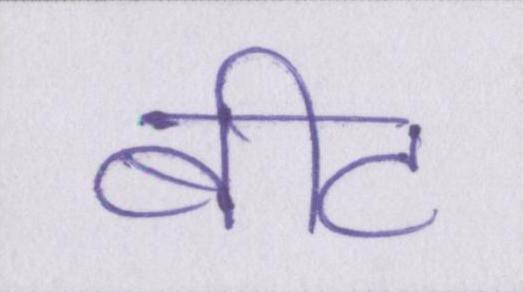
बीट